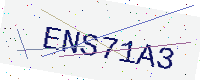
Text: ENS71A3